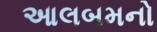
આલબમનો